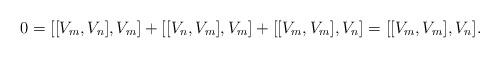
LaTeX: \begin{align*} 0 = [[V_m,V_n],V_m] + [[V_n,V_m],V_m] + [[V_m,V_m],V_n] = [[V_m,V_m],V_n]. \end{align*}